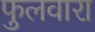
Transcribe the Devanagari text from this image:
फुलवारा